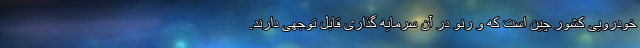
خودرویی کشور چین است که و رنو در آن سرمایه گذاری قابل توجهی دارند.